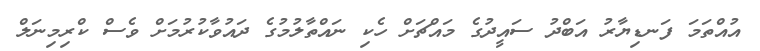
އުއްތަމަ ފަނޑިޔާރު އަބްދު ސައީދުގެ މައްޗަށް ހެކި ނައްތާލުމުގެ ދައުވާކުރުމަށް ވެސް ކްރިމިނަލް